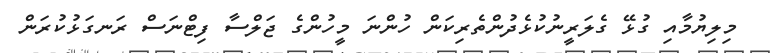
މިލިޔުމާއި ގުޅޭ ގެލަރީނުކުޅެދުންތެރިކަން ހުންނަ މީހުންގެ ޖަލްސާ ފިޓްނަސް ރަނގަޅުކުރަން